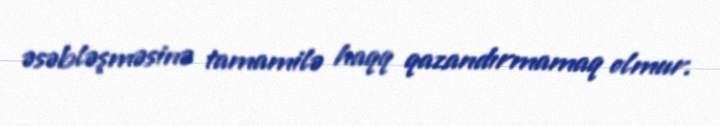
əsəbləşməsinə tamamilə haqq qazandırmamaq olmur.